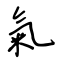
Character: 氣